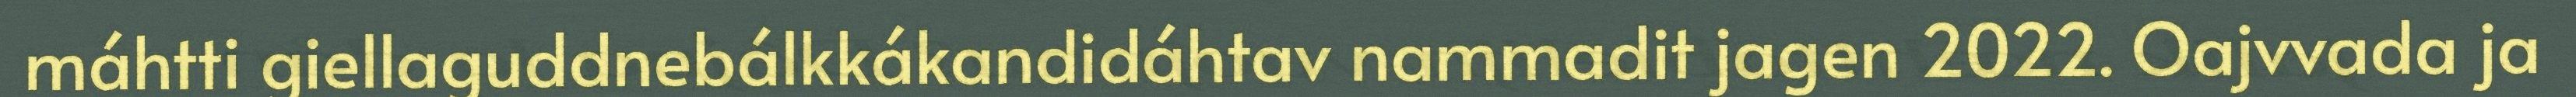
máhtti giellaguddnebálkkákandidáhtav nammadit jagen 2022. Oajvvada ja